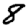
Digit: 8